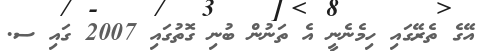
އޭގެ ތެރޭގައި ހިމެނެނީ އެ ތަނުން ބުނި ގޮތުގައި 2007 ގައި ސ.